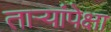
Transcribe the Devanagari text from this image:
तार्‍यांपेक्षा